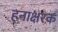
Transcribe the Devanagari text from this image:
हनाक्षरक